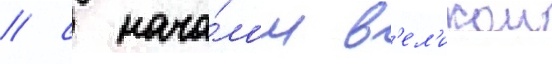
/ с нача́лом в'ел'икои